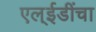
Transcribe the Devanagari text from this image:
एल्‌ईडींचा